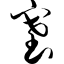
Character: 塞